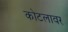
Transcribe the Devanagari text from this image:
कोटलावर